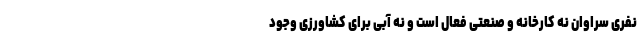
نفری سراوان نه کارخانه و صنعتی فعال است و نه آبی برای کشاورزی وجود